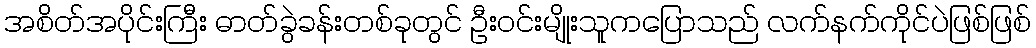
အစိတ်အပိုင်းကြီး ဓာတ်ခွဲခန်းတစ်ခုတွင် ဦးဝင်းမျိုးသူကပြောသည် လက်နက်ကိုင်ပဲဖြစ်ဖြစ်